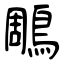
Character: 鵰